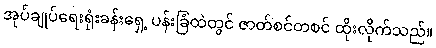
အုပ်ချုပ်ရေးရုံးခန်းရှေ့ ပန်းခြံထဲတွင် ဇာတ်စင်တစင် ထိုးလိုက်သည်။